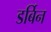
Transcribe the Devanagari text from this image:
डर्बिन